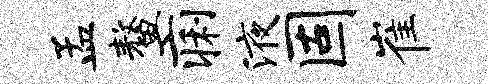
孟鳌痢液固崔